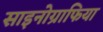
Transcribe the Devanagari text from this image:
साइनोग्राफिया